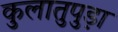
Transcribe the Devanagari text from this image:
कुलातुपुड़ा